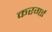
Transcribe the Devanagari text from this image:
करगई